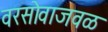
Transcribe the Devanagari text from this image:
वरसोवाजवळ